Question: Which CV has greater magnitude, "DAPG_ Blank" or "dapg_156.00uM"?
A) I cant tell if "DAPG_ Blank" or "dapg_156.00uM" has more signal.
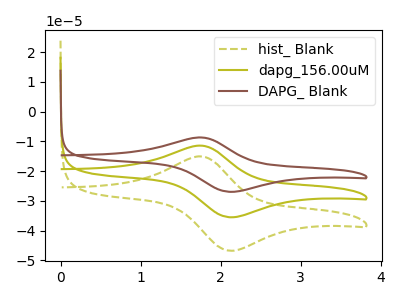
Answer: <think>The olive dashed curve "hist_ Blank" has an anodic peak at (1.75V, -22.80uA) and a cathodic peak at (2.10V, -71.00uA). The olive curve "dapg_156.00uM" has an anodic peak at (1.75V, -11.40uA) and a cathodic peak at (2.10V, -35.50uA). The brown curve "DAPG_ Blank" has an anodic peak at (1.75V, -8.65uA) and a cathodic peak at (2.10V, -26.95uA).
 All the peaks in "DAPG_ Blank" have a peak in "dapg_156.00uM" at the same potential.</think>
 <answer>A) I cant tell if "DAPG_ Blank" or "dapg_156.00uM" has more signal.</answer>
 <eval>A</eval>